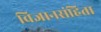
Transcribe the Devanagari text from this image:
विज्ञानसंहिता